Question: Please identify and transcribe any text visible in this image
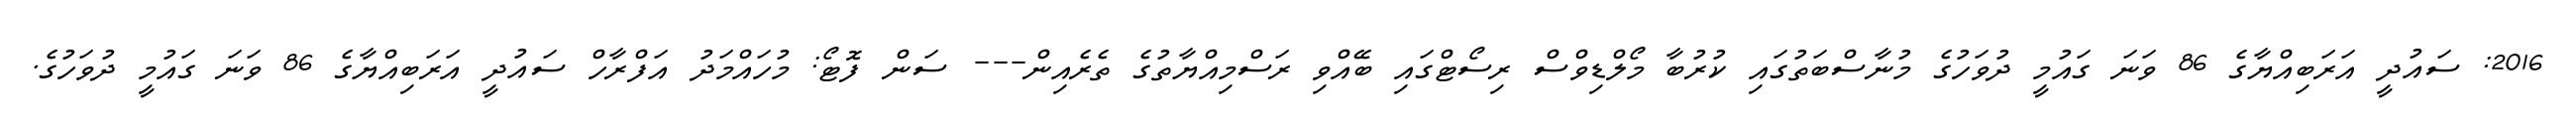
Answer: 2016: ސައުދީ އަރަބިއްޔާގެ 86 ވަނަ ގައުމީ ދުވަހުގެ މުނާސްބަތުގައި ކުރުބާ މޯލްޑިވްސް ރިސޯޓްގައި ބޭއްވި ރަސްމިއްޔާތުގެ ތެރެއިން--- ސަން ފޮޓޯ: މުހައްމަދު އަފްރާހް ސައުދީ އަރަބިއްޔާގެ 86 ވަނަ ގައުމީ ދުވަހުގެ.